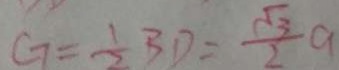
G = \frac { 1 } { 2 } B D = \frac { \sqrt { 3 } } { 2 } a